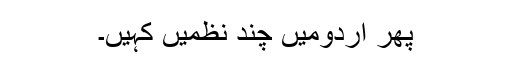
پھر اردومیں چند نظمیں کہیں۔